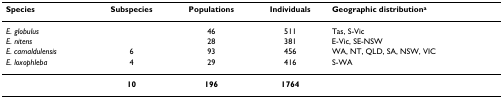
<table><thead><tr><td><b>Species</b></td><td><b>Subspecies</b></td><td><b>Populations</b></td><td><b>Individuals</b></td><td><b>Geographic distribution<sup>a</sup></b></td></tr></thead><tbody><tr><td><i>E. globulus</i></td><td></td><td>46</td><td>511</td><td>Tas, S-Vic</td></tr><tr><td><i>E. nitens</i></td><td></td><td>28</td><td>381</td><td>E-Vic, SE-NSW</td></tr><tr><td><i>E. camaldulensis</i></td><td>6</td><td>93</td><td>456</td><td>WA, NT, QLD, SA, NSW, VIC</td></tr><tr><td><i>E. loxophleba</i></td><td>4</td><td>29</td><td>416</td><td>S-WA</td></tr><tr><td></td><td><b>10</b></td><td><b>196</b></td><td><b>1764</b></td><td></td></tr></tbody></table>